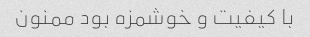
با کیفیت و خوشمزه بود ممنون